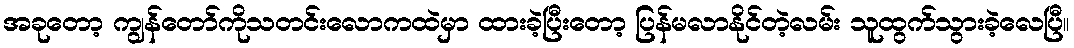
အခုတော့ ကျွန်တော်ကိုသတင်းလောကထဲမှာ ထားခဲ့ပြီးတော့ ပြန်မလာနိုင်တဲ့လမ်း သူထွက်သွားခဲ့လေပြီ။